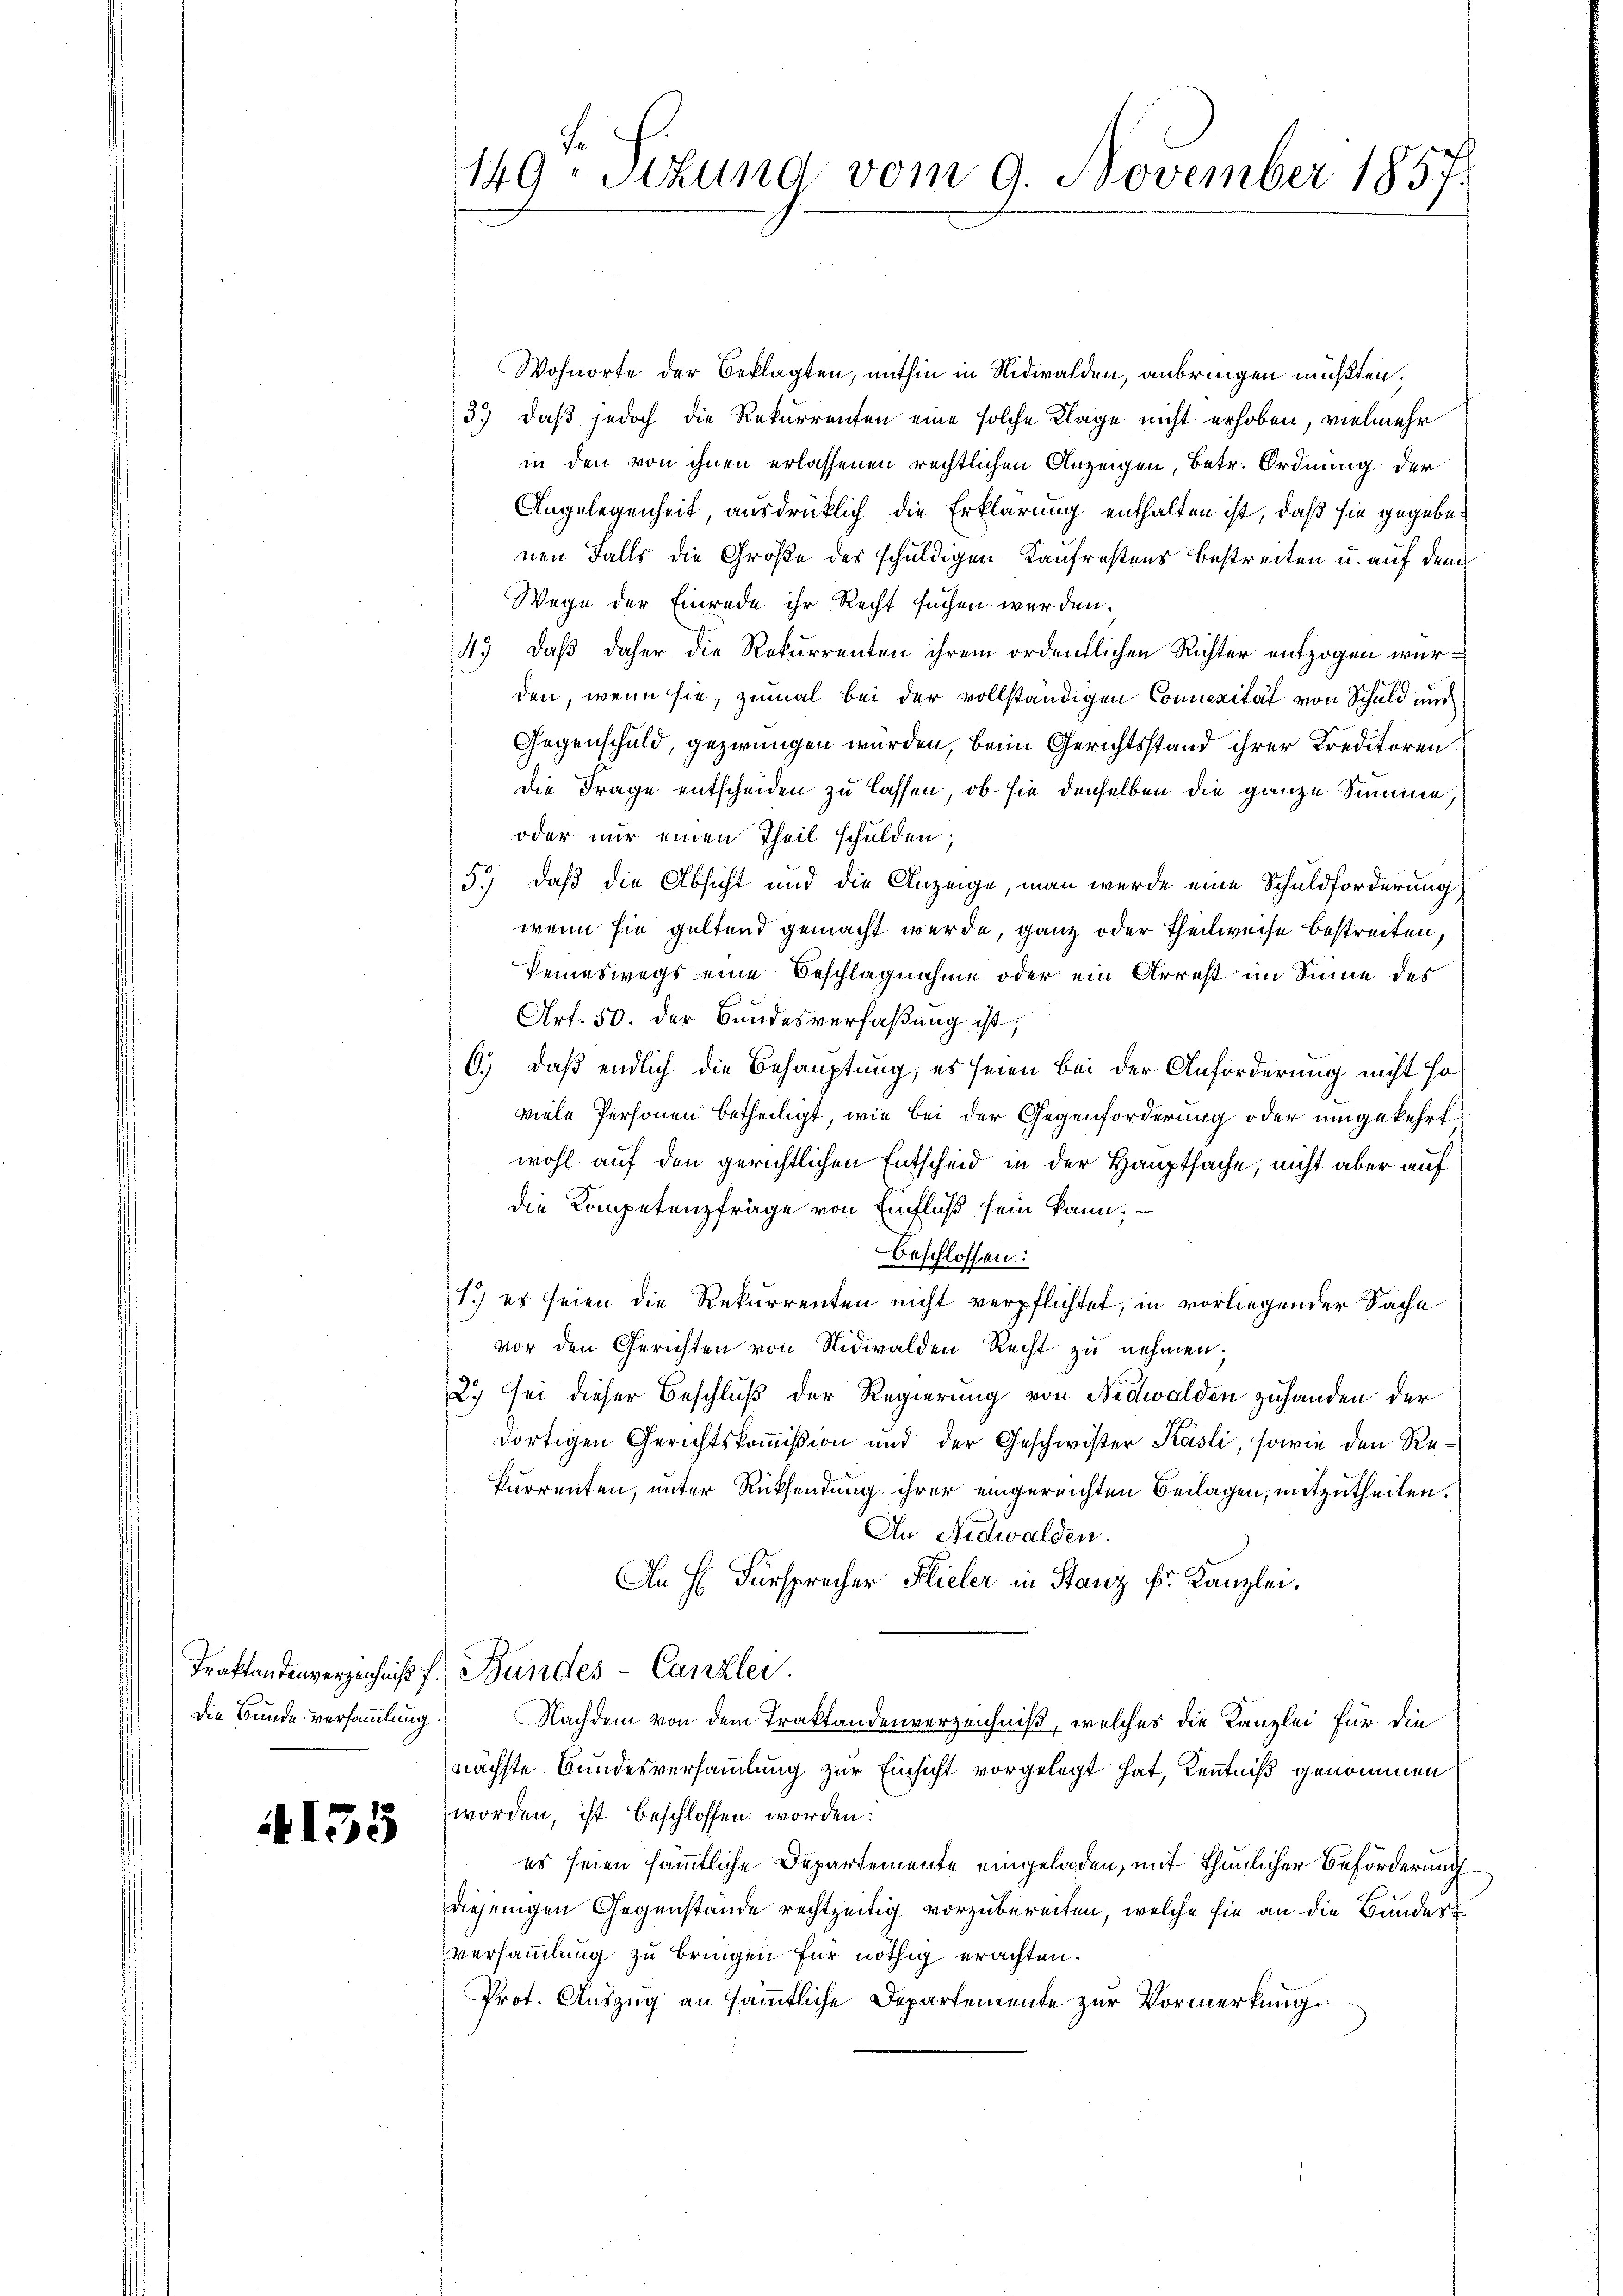
Die Bunde versammlung.

4155

Wohnorte der Beklagten, mithin in Nidwalden, anbringen mußten.
3.) daß jedoch die Rekurrenten eine solche Klage nicht erhoben, vielmehr
in den von ihnen erlassenen rechtlichen Anzeigen, betr. Ordnung der
Angelegenheit, ausdrücklich die Erklärung enthalten ist, daß sie gegebe
nen Falls die Größe des schuldigen Kaufrestens bestreiten u. auf dem
Wege der Einrede ihr Recht suchen werden.
4.) Daß daher die Rekurrenten ihrem ordentlichen Richter entzogen wurden, wenn sie, zumal bei der vollständigen Connerität von Schuld und
Gegenschuld, gezwungen wurden, bei Gerichtsstand ihrer Kreditoren.
die Frage entscheiden zu lassen, ob sie denselben die ganze Summe.
oder nur einen Theil schulden;
5.) daß die Absicht und die Anzeige, man werde eine Schuldforderung
wenn sie geltend gemacht werde, ganz oder Theilweise bestreiten.
keineswegs eine Beschlagnahme oder ein Arrest im Sinne des
Art. 50. der Bundesverfaßung ist;
6.) Daß endlich die Behauptung, es seien Bei der Anforderung nicht soviele Personen betheiligt, wie bei der Gegenforderung oder umgekehrt
wohl auf den gerichtlichen Entscheid in der Hauptsache, nicht aber auf
die Kompetenzfrage von Einfluß sein kann;
beschlossen:
1.) es seien die Rekurrenten nicht verpflichtet, in vorliegender Sache
vor den Gerichten von Nidwalden Recht zu nehmen.
2.) sei dieser Beschluß der Regierung von Nidwalden zuhanden der
dortigen Gerichtskommißion und der Geschwister Käsli, sowie den Rekurrenten, unter Rücksendung ihrer eingereichten Beilagen, mitzutheilen.
An Nidwalden.
An H. Fürsprecher Hieler in Stanz Fr. Kanzlei.
Traktandenverzeichniß f. Bundes-Canzlei.
Nachdem von dem Traktandenverzeichniß, welches die Kanzlei für die
nächste. Bundesversammlung zur Einsicht vorgelegt hat, Kenntniß genommen
worden, ist beschlossen worden:
es seien sämmtliche Departemente eingeladen, mit thunlicher Beförderung
diejenigen Gegenstände rechtzeitig vorzubereiten, welche sie an die Bunder
versammlung zu bringen für nöthig erachten.
Prot. Auszug an sämmtliche Departemente zur Vormerkung

149. Sitzung vom 9. November 1857.